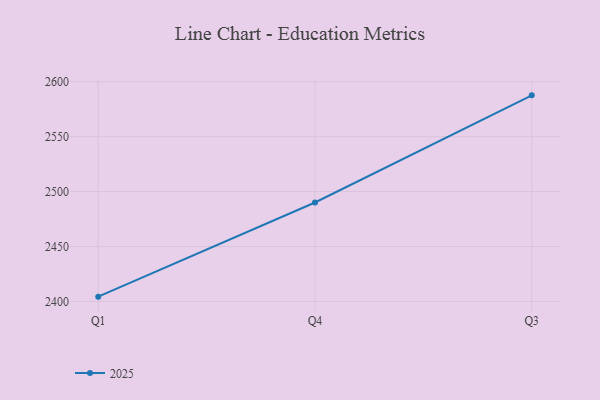
{"axis": {"x": "Quarter", "y": "Energy Usage (MWh)"}, "legend": ["2025"], "data": [{"x": "Q1", "y": 2404.4, "type": "2025"}, {"x": "Q4", "y": 2490.1, "type": "2025"}, {"x": "Q3", "y": 2587.6, "type": "2025"}]}